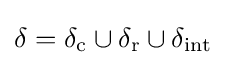
\delta =\delta _{\text{c}}\cup \delta _{\text{r}}\cup \delta _{\text{int}}